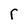
Character: r